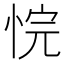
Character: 𪫻